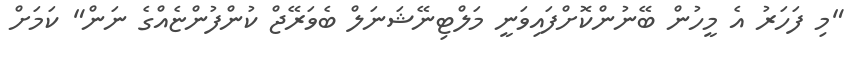
"މި ފަހަރު އެ މީހުން ބޭނުންކޮށްފައިވަނީ މަލްޓިނޭޝަނަލް ބެވަރޭޖް ކުންފުންޏެއްގެ ނަން" ކަމަށް